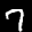
Label: 7